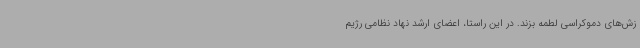
زش‌های دموکراسی لطمه بزند. در این راستا، اعضای ارشد نهاد نظامی رژیم